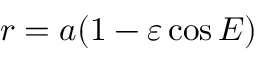
r = a ( 1 - \varepsilon \cos E )